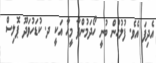
އެދިފަ އެެވެ. ފުލުހުން ބުނީ ހޯދަމުންދާ މީހާ އަކީ ދ. ކުޑަހުވަދޫ ޕޮލިސް